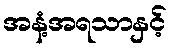
အနံ့အရသာနှင့်